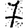
Digit: 7